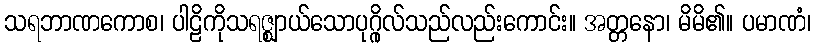
သရဘာဏကောစ၊ ပါဠိကိုသရဇ္ဈာယ်သောပုဂ္ဂိုလ်သည်လည်းကောင်း။ အတ္တနော၊ မိမိ၏။ ပမာဏံ၊